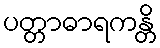
ပတ္တာဓာရကန္တိ